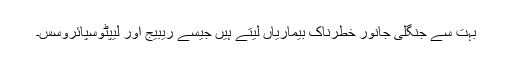
بہت سے جنگلی جانور خطرناک بیماریاں لیتے ہیں جیسے ریبیج اور لیپٹوسپائروسس۔